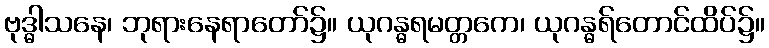
ဗုဒ္ဓါသနေ၊ ဘုရားနေရာတော်၌။ ယုဂန္ဓရမတ္တကေ၊ ယုဂန္ဓရ်တောင်ထိပ်၌။